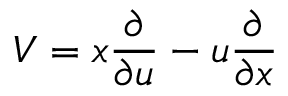
V = x { \frac { \partial } { \partial u } } - u { \frac { \partial } { \partial x } }